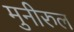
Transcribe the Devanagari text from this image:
मुनीरुल